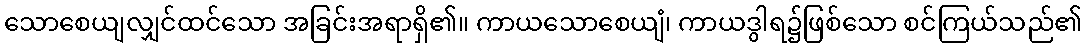
သောစေယျလျှင်ထင်သော အခြင်းအရာရှိ၏။ ကာယသောစေယျံ၊ ကာယဒွါရ၌ဖြစ်သော စင်ကြယ်သည်၏